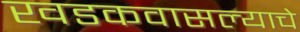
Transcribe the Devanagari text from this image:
खडकवासल्याचे